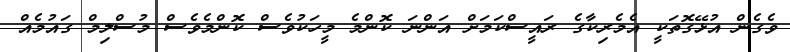
ވެގެން އުޅޭގޮތަކީ އެމެރިކާގެ ރައީސްކަމަށް އަންނަ ކޮންމެ މީހަކުވެސް ކޮންމެވެސް މުސްލިމް ގައުމެއް